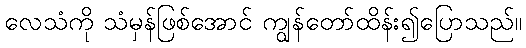
လေသံကို သံမှန်ဖြစ်အောင် ကျွန်တော်ထိန်း၍ပြောသည်။